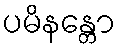
ပမိနန္တော